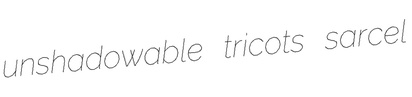
unshadowable tricots sarcel